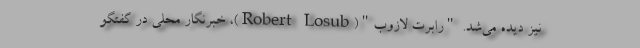
نیز دیده می‌شد. "رابرت لازوب"(Robert Losub)، خبرنگار محلی در گفتگو